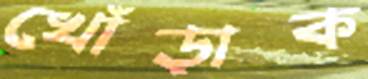
খোঁড়াক